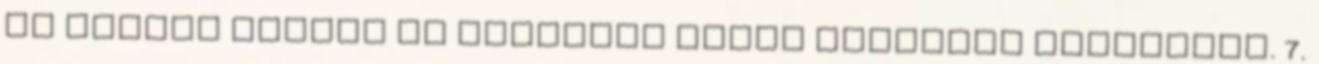
az adagok mérete és minősége bőven kárpótol mindenért. 7.